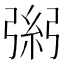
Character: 𢐁